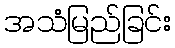
အသံမြည်ခြင်း